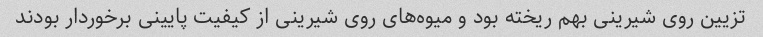
تزیین روی شیرینی بهم ریخته بود و میوه‌های روی شیرینی از کیفیت پایینی برخوردار بودند